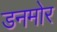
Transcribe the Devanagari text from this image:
डनमोर